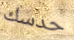
حدسك